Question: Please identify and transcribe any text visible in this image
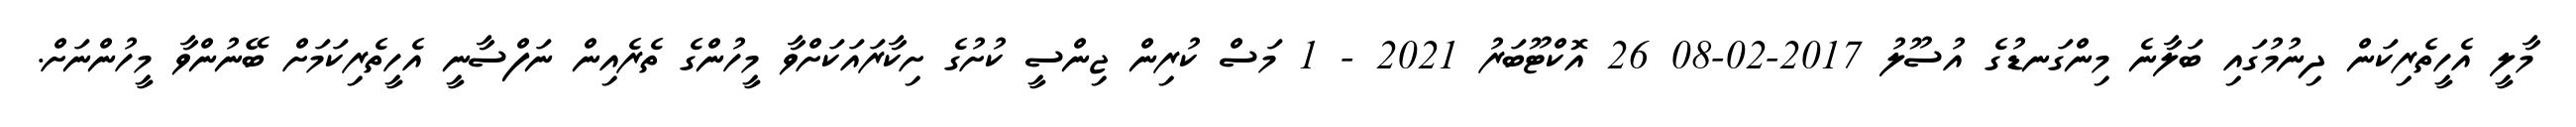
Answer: މާލީ އެހީތެރިކަން ދިނުމުގައި ބަލާނެ މިންގަނޑުގެ އުސޫލު 2017-02-08 26 އޮކްޓޫބަރު 2021 - 1 މަސް ކުރިން ޖިންސީ ކުށުގެ ށިކާރައަކަށްވާ މީހުންގެ ތެރެއިން ނަފްސާނީ އެހީތެރިކަމަށް ބޭނުންވާ މީހުންނަށް.